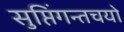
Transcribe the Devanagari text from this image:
सुप्तिंगन्तचयो